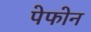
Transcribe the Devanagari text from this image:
पेफोन